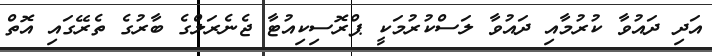
އަދި ދައުވާ ކުރުމާއި ދައުވާ ލަސްކުރުމަކީ ޕްރޮސިކިއުޓާ ޖެނެރަލްގެ ބާރުގެ ތެރޭގައި އޮތް